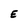
Character: E